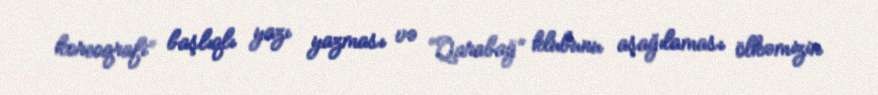
koreoqrafi” başlıqlı yazı yazması və “Qarabağ” klubunu aşağılaması ölkəmizin